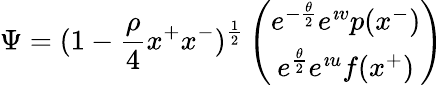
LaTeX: \Psi=(1-{\frac{\rho}{4}}x^{+}x^{-})^{\frac{1}{2}}\left(\begin{array}{c}{{e^{-{\frac{\theta}{2}}}e^{\imath v}p(x^{-})}}\\ {{e^{{\frac{\theta}{2}}}e^{\imath u}f(x^{+})}}\end{array}\right)